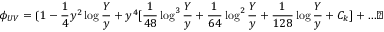
\phi _ { U V } = \lgroup 1 - { \frac { 1 } { 4 } } y ^ { 2 } \log { \frac { Y } { y } } + y ^ { 4 } [ { \frac { 1 } { 4 8 } } \log ^ { 3 } { \frac { Y } { y } } + { \frac { 1 } { 6 4 } } \log ^ { 2 } { \frac { Y } { y } } + { \frac { 1 } { 1 2 8 } } \log { \frac { Y } { y } } + C _ { k } ] + \ldots \rgroup